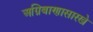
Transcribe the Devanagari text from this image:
अग्निबाणासारखे